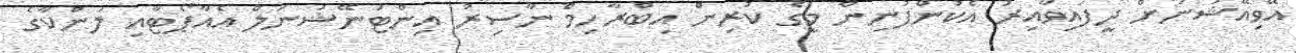
އޭވިއޭޝަނަށް ދީފައިވާއިރު އެކުންފުނިން މީގެ ކުރިން އިބްރާހިމް ނާސިރު އިންޓަނޭޝަނަލް އެއާޕޯޓާއި ލަންކާގެ